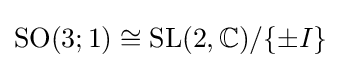
{\text{SO}}(3;1)\cong {\text{SL}}(2,\mathbb {C} )/\{\pm I\}